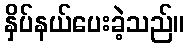
နှိပ်နယ်ပေးခဲ့သည်။